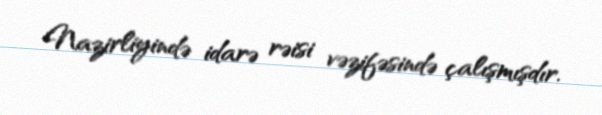
Nazirliyində idarə rəisi vəzifəsində çalışmışdır.